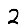
Digit: 2